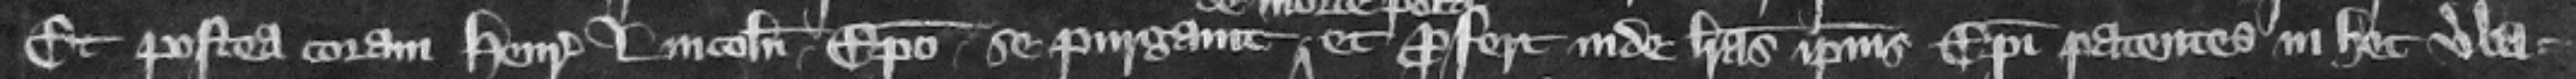
Et postea coram Henrico Lincolniensi episcopo se purgauit et profert inde litteras ipsius episcopi patentes in hec verba